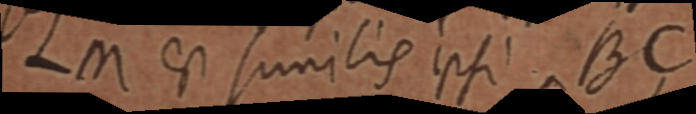
La est sumilis ppsi Be